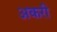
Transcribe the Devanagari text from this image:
अकरी